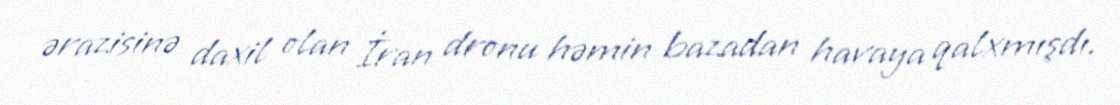
ərazisinə daxil olan İran dronu həmin bazadan havaya qalxmışdı.